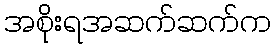
အစိုးရအဆက်ဆက်က